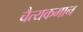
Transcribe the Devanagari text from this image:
चैत्यकमान